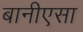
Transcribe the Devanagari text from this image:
बानीएसा